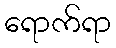
ရောက်ရာ